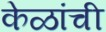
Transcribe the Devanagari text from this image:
केळांची